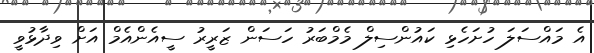
އެ މައްސަލަ ހުށަހެޅި ކައުންސިލް މެމްބަރު ހަސަން ޒަރީރު ސީއެންއެމް އަށް ވިދާޅުވީ